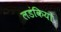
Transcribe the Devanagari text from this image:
लडंकियो